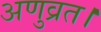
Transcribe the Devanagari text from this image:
अणुव्रत।